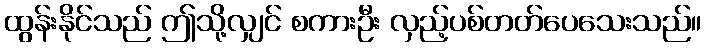
ထွန်းနိုင်သည် ဤသို့လျှင် စကားဦး လှည့်ပစ်တတ်ပေသေးသည်။